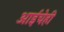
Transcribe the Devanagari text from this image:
आईचेही